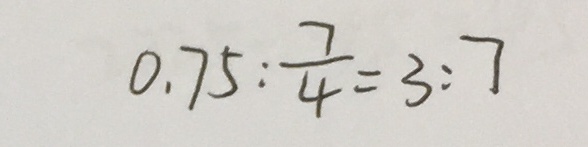
0 . 7 5 : \frac { 7 } { 4 } = 3 : 7